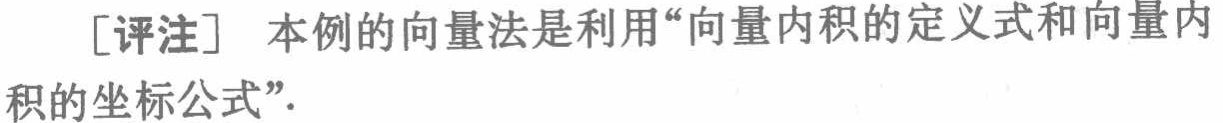
[评注] 本例的向量法是利用“向量内积的定义式和向量内积的坐标公式”.